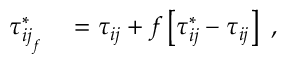
\begin{array} { r l } { \tau _ { { i j } _ { f } } ^ { * } } & { { } = \tau _ { i j } + f \left[ \tau _ { i j } ^ { * } - \tau _ { i j } \right] \mathrm { ~ , ~ } } \end{array}